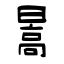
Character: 暠